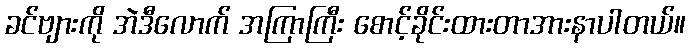
ခင်ဗျားကို အဲဒီလောက် အကြာကြီး စောင့်ခိုင်းထားတာအားနာပါတယ်။